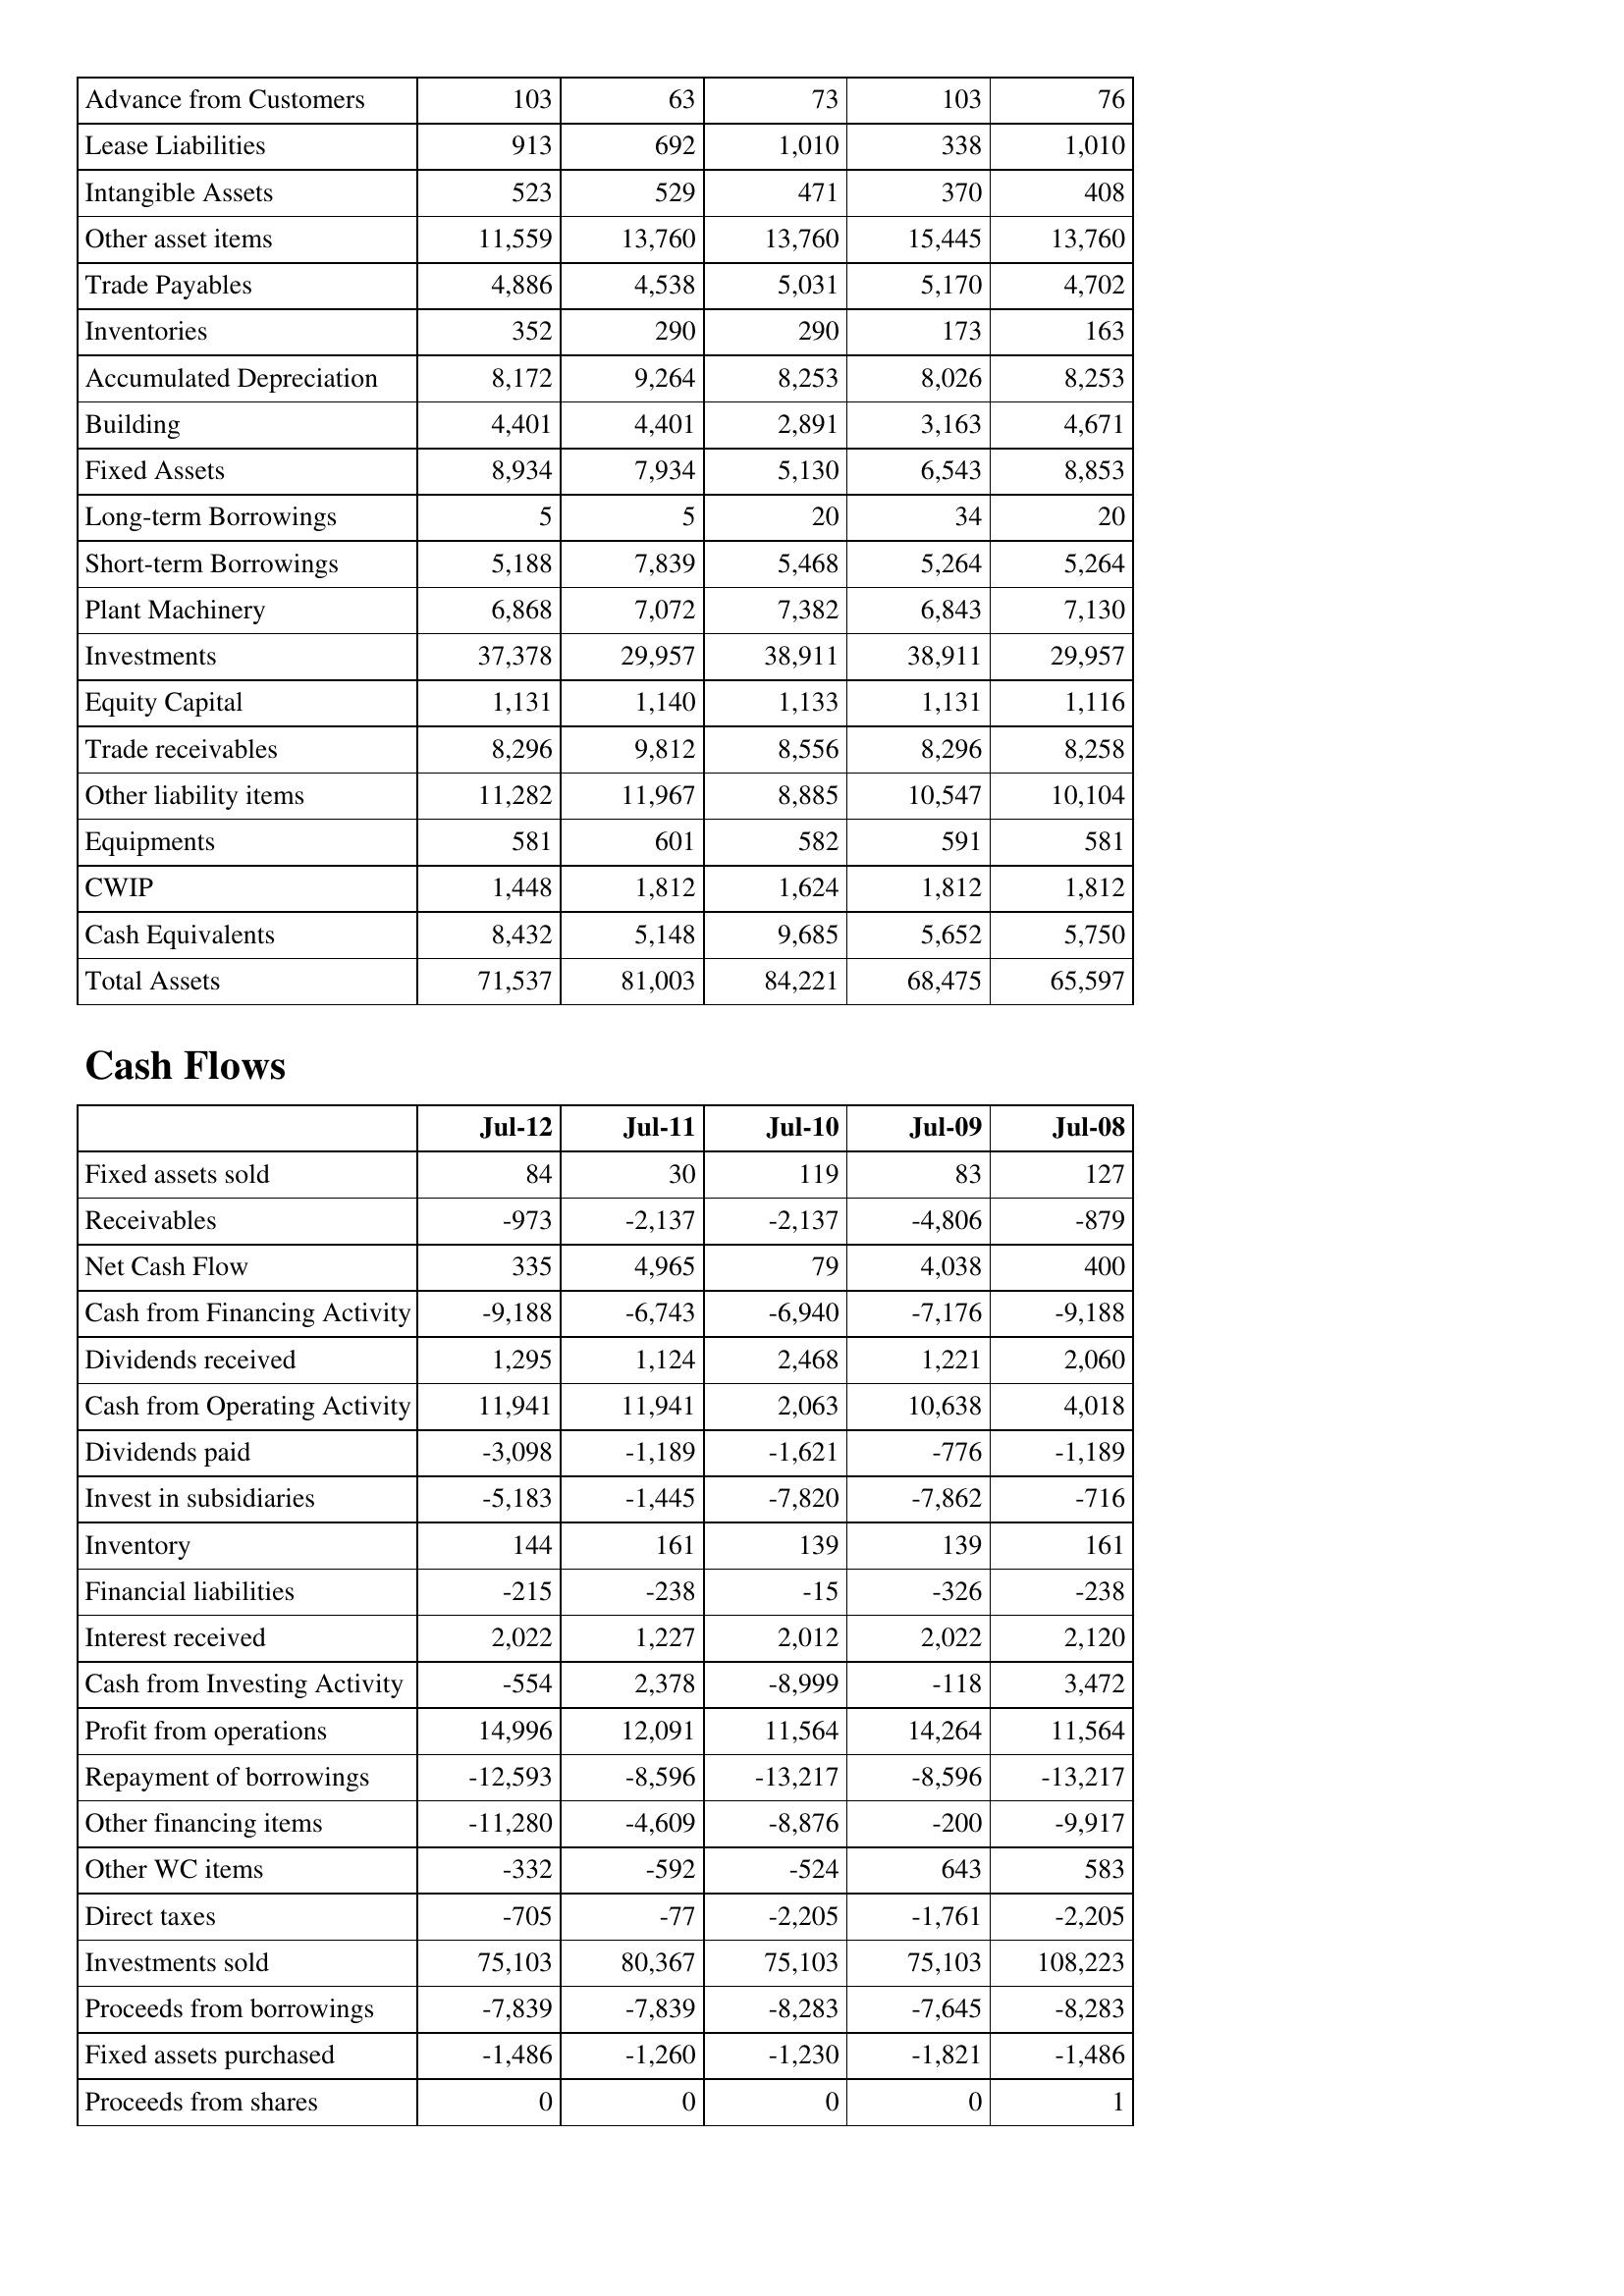
Jul-12: Balance Sheet: Advance from Customers: 103
Lease Liabilities: 913
Intangible Assets: 523
Other asset items: 11,559
Trade Payables: 4,886
Inventories: 352
Accumulated Depreciation: 8,172
Building: 4,401
Fixed Assets: 8,934
Long-term Borrowings: 5
Short-term Borrowings: 5,188
Plant Machinery: 6,868
Investments: 37,378
Equity Capital: 1,131
Trade receivables: 8,296
Other liability items: 11,282
Equipments: 581
CWIP: 1,448
Cash Equivalents: 8,432
Total Assets: 71,537
Cash Flows: Fixed assets sold: 84
Receivables: -973
Net Cash Flow: 335
Cash from Financing Activity: -9,188
Dividends received: 1,295
Cash from Operating Activity: 11,941
Dividends paid: -3,098
Invest in subsidiaries: -5,183
Inventory: 144
Financial liabilities: -215
Interest received: 2,022
Cash from Investing Activity: -554
Profit from operations: 14,996
Repayment of borrowings: -12,593
Other financing items: -11,280
Other WC items: -332
Direct taxes: -705
Investments sold: 75,103
Proceeds from borrowings: -7,839
Fixed assets purchased: -1,486
Proceeds from shares: 0
Jul-11: Balance Sheet: Advance from Customers: 63
Lease Liabilities: 692
Intangible Assets: 529
Other asset items: 13,760
Trade Payables: 4,538
Inventories: 290
Accumulated Depreciation: 9,264
Building: 4,401
Fixed Assets: 7,934
Long-term Borrowings: 5
Short-term Borrowings: 7,839
Plant Machinery: 7,072
Investments: 29,957
Equity Capital: 1,140
Trade receivables: 9,812
Other liability items: 11,967
Equipments: 601
CWIP: 1,812
Cash Equivalents: 5,148
Total Assets: 81,003
Cash Flows: Fixed assets sold: 30
Receivables: -2,137
Net Cash Flow: 4,965
Cash from Financing Activity: -6,743
Dividends received: 1,124
Cash from Operating Activity: 11,941
Dividends paid: -1,189
Invest in subsidiaries: -1,445
Inventory: 161
Financial liabilities: -238
Interest received: 1,227
Cash from Investing Activity: 2,378
Profit from operations: 12,091
Repayment of borrowings: -8,596
Other financing items: -4,609
Other WC items: -592
Direct taxes: -77
Investments sold: 80,367
Proceeds from borrowings: -7,839
Fixed assets purchased: -1,260
Proceeds from shares: 0
Jul-10: Balance Sheet: Advance from Customers: 73
Lease Liabilities: 1,010
Intangible Assets: 471
Other asset items: 13,760
Trade Payables: 5,031
Inventories: 290
Accumulated Depreciation: 8,253
Building: 2,891
Fixed Assets: 5,130
Long-term Borrowings: 20
Short-term Borrowings: 5,468
Plant Machinery: 7,382
Investments: 38,911
Equity Capital: 1,133
Trade receivables: 8,556
Other liability items: 8,885
Equipments: 582
CWIP: 1,624
Cash Equivalents: 9,685
Total Assets: 84,221
Cash Flows: Fixed assets sold: 119
Receivables: -2,137
Net Cash Flow: 79
Cash from Financing Activity: -6,940
Dividends received: 2,468
Cash from Operating Activity: 2,063
Dividends paid: -1,621
Invest in subsidiaries: -7,820
Inventory: 139
Financial liabilities: -15
Interest received: 2,012
Cash from Investing Activity: -8,999
Profit from operations: 11,564
Repayment of borrowings: -13,217
Other financing items: -8,876
Other WC items: -524
Direct taxes: -2,205
Investments sold: 75,103
Proceeds from borrowings: -8,283
Fixed assets purchased: -1,230
Proceeds from shares: 0
Jul-09: Balance Sheet: Advance from Customers: 103
Lease Liabilities: 338
Intangible Assets: 370
Other asset items: 15,445
Trade Payables: 5,170
Inventories: 173
Accumulated Depreciation: 8,026
Building: 3,163
Fixed Assets: 6,543
Long-term Borrowings: 34
Short-term Borrowings: 5,264
Plant Machinery: 6,843
Investments: 38,911
Equity Capital: 1,131
Trade receivables: 8,296
Other liability items: 10,547
Equipments: 591
CWIP: 1,812
Cash Equivalents: 5,652
Total Assets: 68,475
Cash Flows: Fixed assets sold: 83
Receivables: -4,806
Net Cash Flow: 4,038
Cash from Financing Activity: -7,176
Dividends received: 1,221
Cash from Operating Activity: 10,638
Dividends paid: -776
Invest in subsidiaries: -7,862
Inventory: 139
Financial liabilities: -326
Interest received: 2,022
Cash from Investing Activity: -118
Profit from operations: 14,264
Repayment of borrowings: -8,596
Other financing items: -200
Other WC items: 643
Direct taxes: -1,761
Investments sold: 75,103
Proceeds from borrowings: -7,645
Fixed assets purchased: -1,821
Proceeds from shares: 0
Jul-08: Balance Sheet: Advance from Customers: 76
Lease Liabilities: 1,010
Intangible Assets: 408
Other asset items: 13,760
Trade Payables: 4,702
Inventories: 163
Accumulated Depreciation: 8,253
Building: 4,671
Fixed Assets: 8,853
Long-term Borrowings: 20
Short-term Borrowings: 5,264
Plant Machinery: 7,130
Investments: 29,957
Equity Capital: 1,116
Trade receivables: 8,258
Other liability items: 10,104
Equipments: 581
CWIP: 1,812
Cash Equivalents: 5,750
Total Assets: 65,597
Cash Flows: Fixed assets sold: 127
Receivables: -879
Net Cash Flow: 400
Cash from Financing Activity: -9,188
Dividends received: 2,060
Cash from Operating Activity: 4,018
Dividends paid: -1,189
Invest in subsidiaries: -716
Inventory: 161
Financial liabilities: -238
Interest received: 2,120
Cash from Investing Activity: 3,472
Profit from operations: 11,564
Repayment of borrowings: -13,217
Other financing items: -9,917
Other WC items: 583
Direct taxes: -2,205
Investments sold: 108,223
Proceeds from borrowings: -8,283
Fixed assets purchased: -1,486
Proceeds from shares: 1